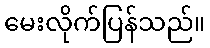
မေးလိုက်ပြန်သည်။